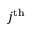
j ^ { \mathrm { t h } }